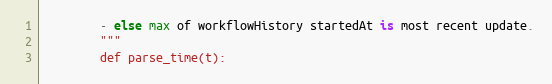
Language: Python
        - else max of workflowHistory startedAt is most recent update.
        """
        def parse_time(t):